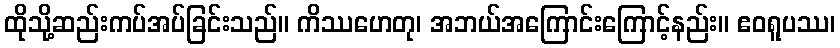
ထိုသို့ဆည်းကပ်အပ်ခြင်းသည်။ ကိဿဟေတု၊ အဘယ်အကြောင်းကြောင့်နည်း။ ဧဝရူပဿ၊